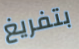
بتفريغ